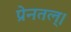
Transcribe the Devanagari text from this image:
प्रेनतल्।